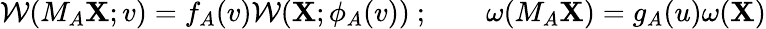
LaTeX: {\cal W}(M_{A}{\mathbf X};v)=f_{A}(v){\cal W}({\mathbf X};\phi_{A}(v))\ ;\qquad\omega(M_{A}{\mathbf X})=g_{A}(u)\omega({\mathbf X})